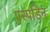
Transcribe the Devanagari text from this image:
एस्पडिन